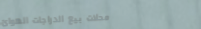
محلات بيع الدراجات الهوائ